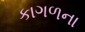
કાગળના